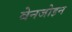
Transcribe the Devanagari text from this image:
बेनजोइन